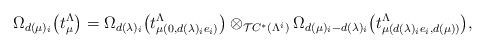
LaTeX: \begin{align*}\Omega_{d(\mu)_i}\big(t_\mu^\Lambda\big)=\Omega_{d(\lambda)_i}\big(t_{\mu(0,d(\lambda)_i e_i)}^\Lambda\big)\otimes_{\mathcal{T}C^*(\Lambda^i)}\Omega_{d(\mu)_i-d(\lambda)_i}\big(t_{\mu(d(\lambda)_i e_i,d(\mu))}^\Lambda\big),\end{align*}